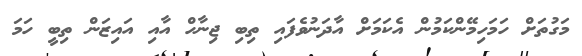
މަގުތަށް ހަމަހިމޭންކަމުން އެކަމަށް އާދަނުވެފައި ތިބި ޖިނާހް އާއި އައިޒަން ތިބީ ހަމަ